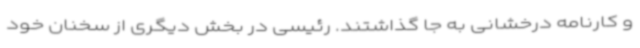
و کارنامه درخشانی به جا گذاشتند. رئیسی در بخش دیگری از سخنان خود